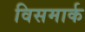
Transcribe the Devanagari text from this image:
विसमार्क